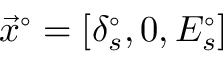
\vec { x } ^ { \circ } = [ \delta _ { s } ^ { \circ } , 0 , E _ { s } ^ { \circ } ]